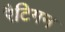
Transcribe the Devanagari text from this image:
रैटिगन